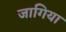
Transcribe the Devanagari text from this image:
जागिया